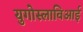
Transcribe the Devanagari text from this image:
युगोस्लाविआई